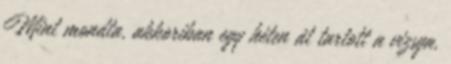
Mint mondta, akkoriban egy héten át tartott a vizsga,